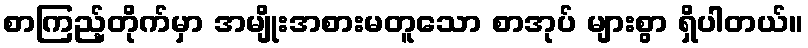
စာကြည့်တိုက်မှာ အမျိုးအစားမတူသော စာအုပ် များစွာ ရှိပါတယ်။